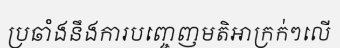
ប្រឆាំងនឹងការបញ្ចេញមតិអាក្រក់ៗលើ